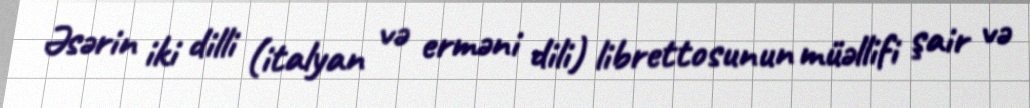
Əsərin iki dilli (italyan və erməni dili) librettosunun müəllifi şair və